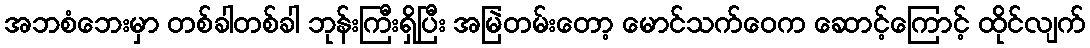
အဘစံဘေးမှာ တစ်ခါတစ်ခါ ဘုန်းကြီးရှိပြီး အမြဲတမ်းတော့ မောင်သက်ဝေက ဆောင့်ကြောင့် ထိုင်လျက်